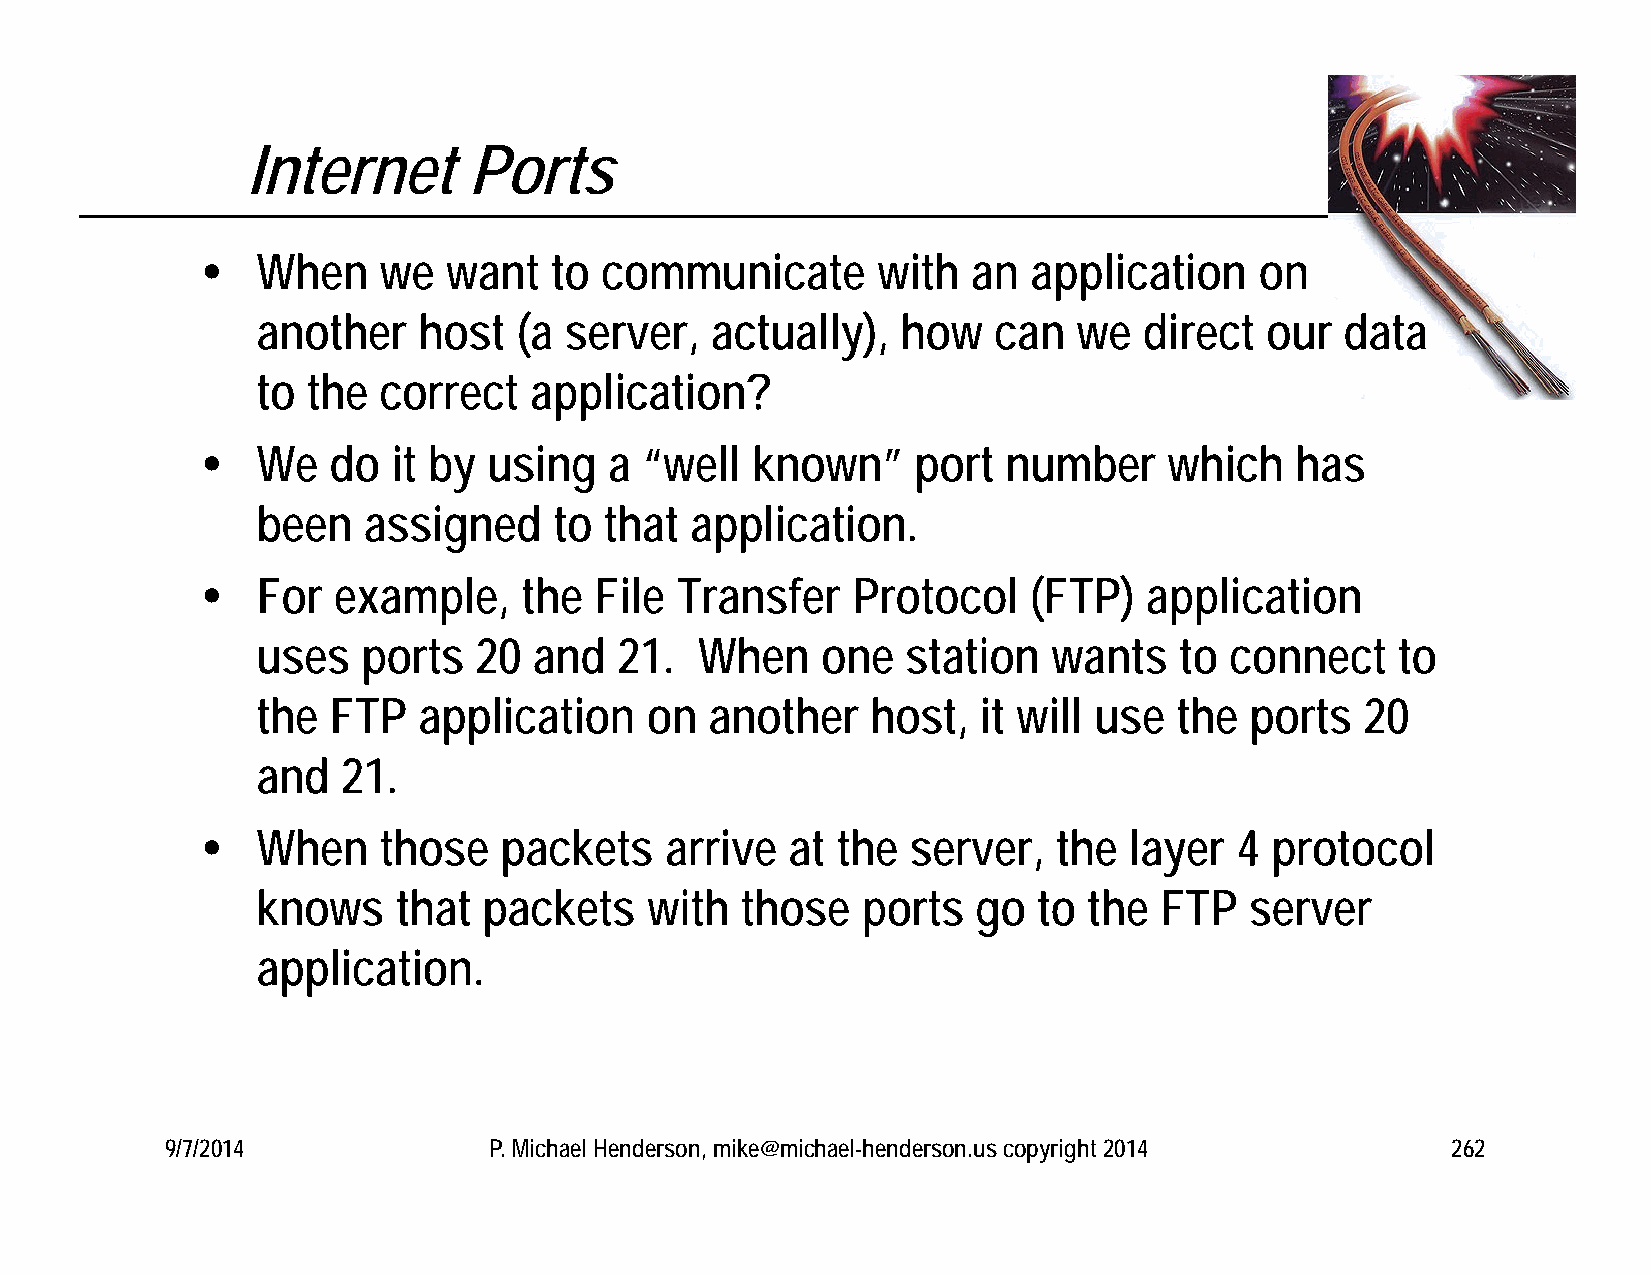
Internet       Ports
    When    we   want  to  communicate       with  an  application    on
 another    host  (a server,   actually),   how   can  we   direct  our  data
 to the  correct   application?
    We   do  it by using   a  “well  known”     port  number    which    has
 been   assigned     to that  application.
    For  example,     the File  Transfer   Protocol    (FTP)   application
 uses   ports  20  and   21.  When    one   station   wants   to connect     to
 the  FTP   application    on  another    host,  it will use  the  ports  20
 and   21.
    When    those   packets    arrive  at the  server,   the  layer  4 protocol
 knows    that  packets    with  those   ports   go  to the  FTP   server
 application.
 9/7/2014             P. Michael Henderson, mike@michael-henderson.us copyright 2014  262